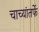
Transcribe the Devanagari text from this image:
चाच्यांतर्फे